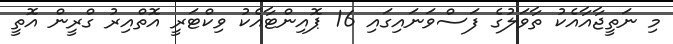
މި ނަތީޖާއާއެކު ތާވަލުގެ ފަސްވަނައިގައި 16 ޕޮއިންޓާއެކު ވިކްޓަރީ އޮތްއިރު ގްރީން އޮތީ